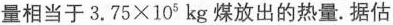
量相当于 $$3 . 7 5 × 1 0 ^ { 5 } k g$$ 煤放出的热量。据估